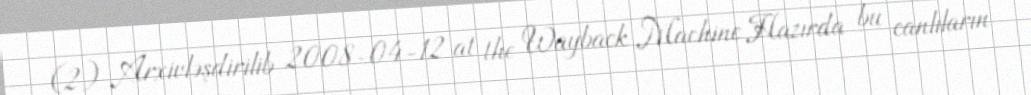
(2) Arxivləşdirilib 2008-04-12 at the Wayback Machine Hazırda bu canlıların